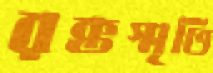
রক্তস্মৃতি